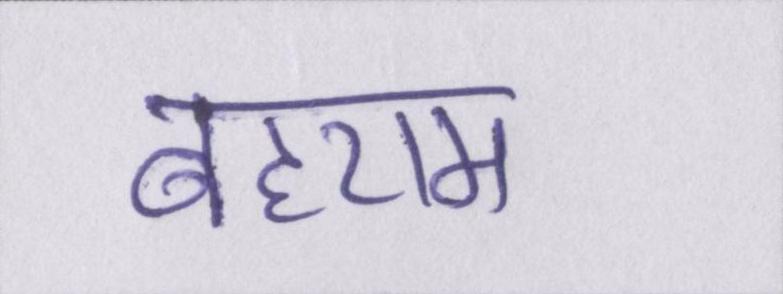
बहराम